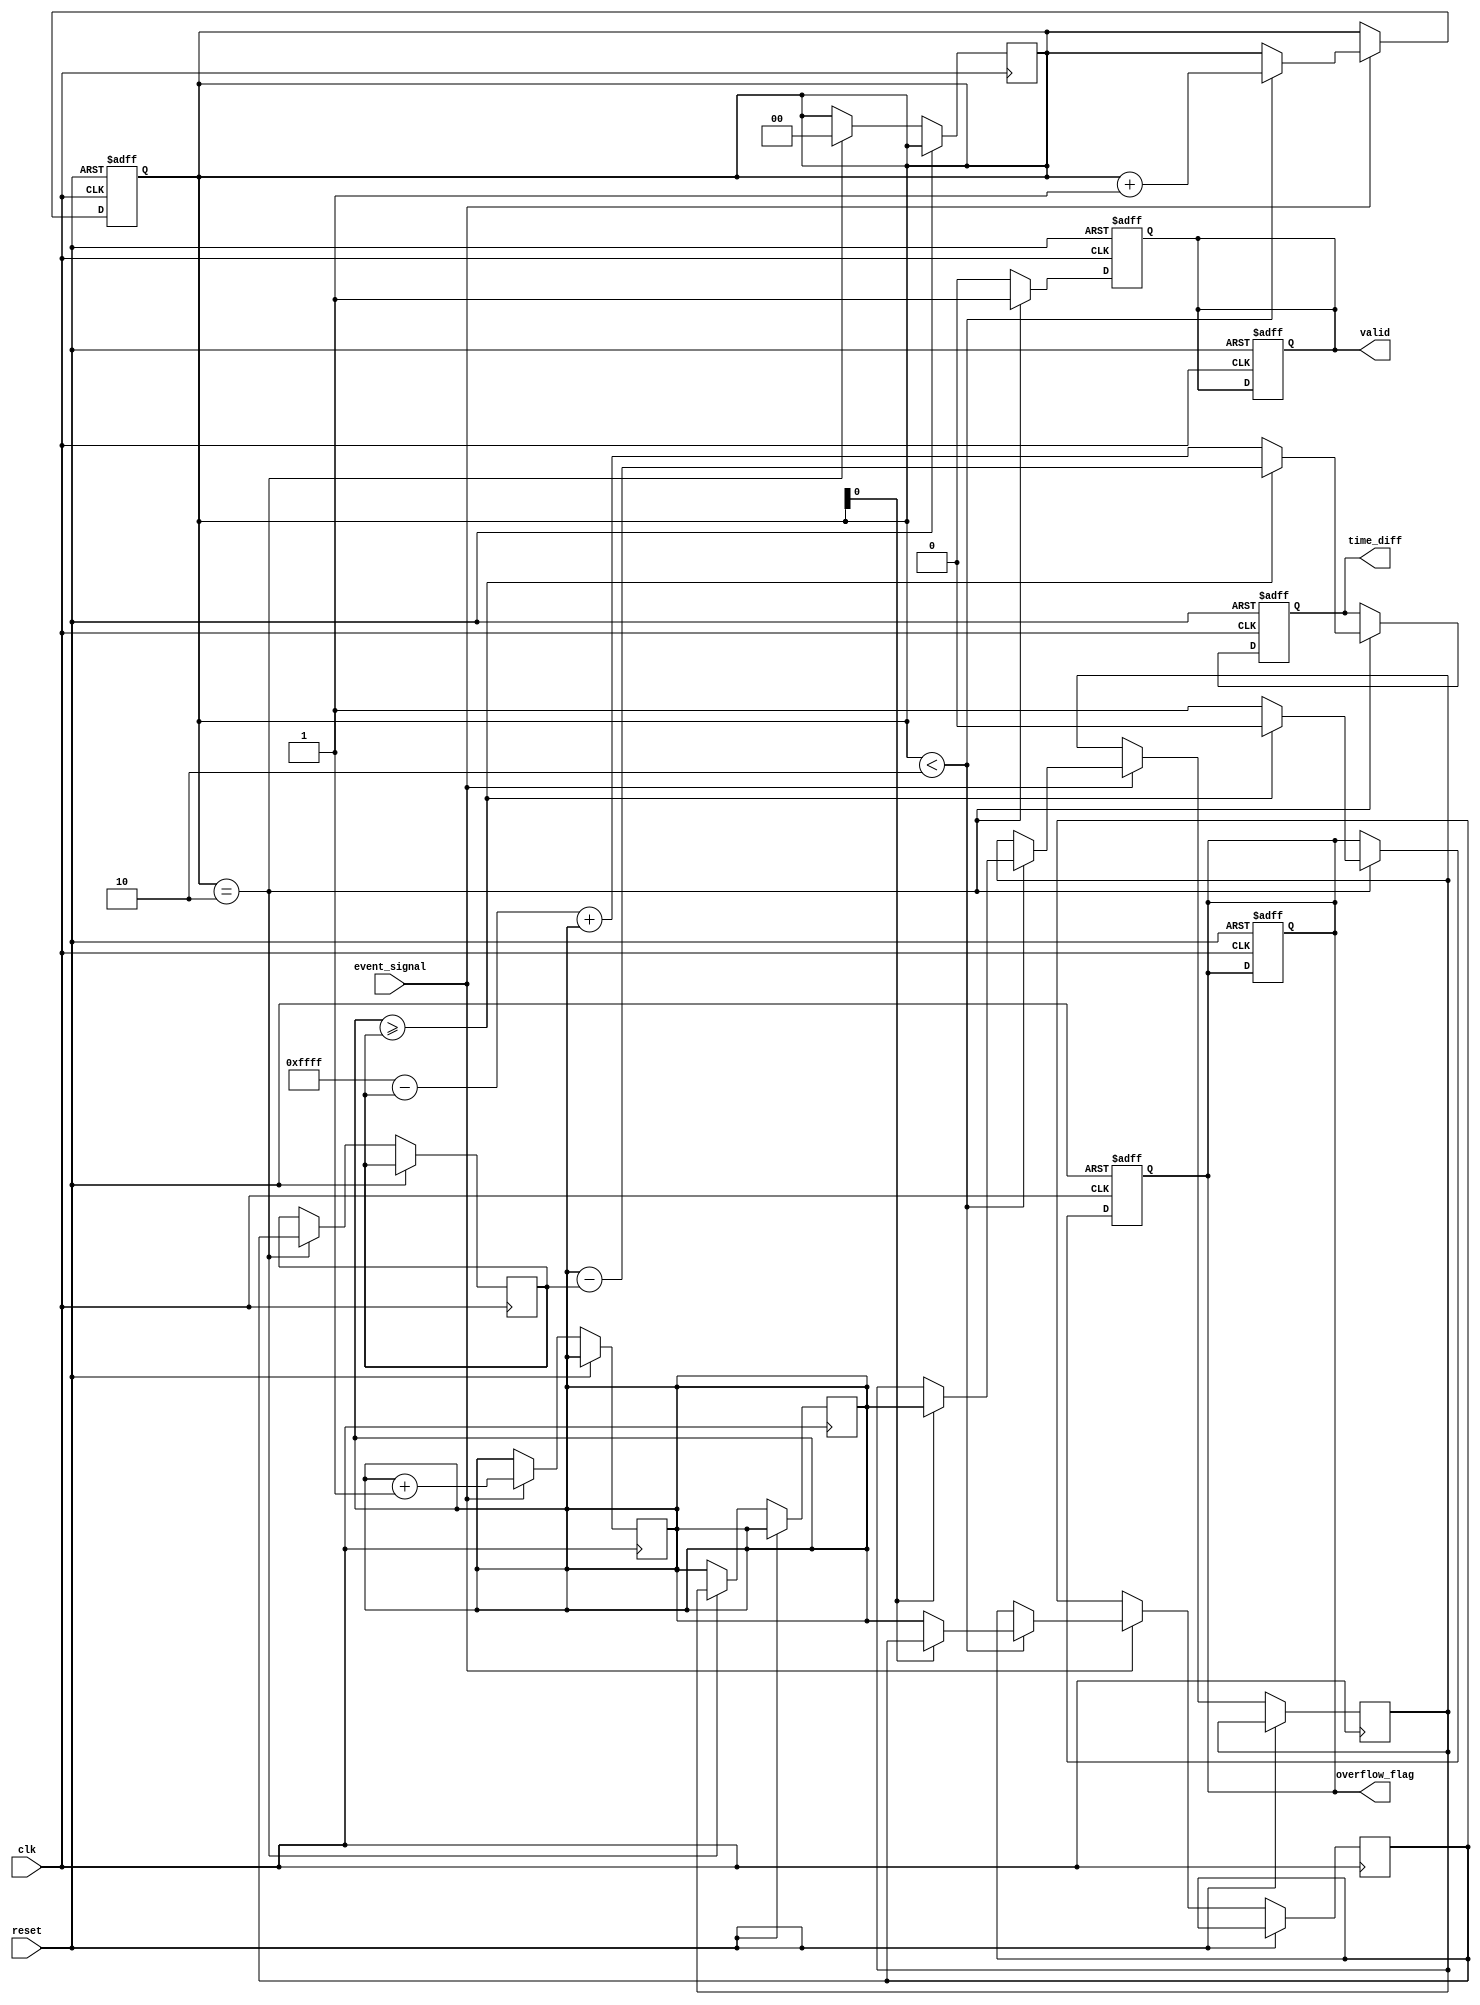
module TDC (
    input wire clk,                // Main clock
    input wire reset,              // Reset signal
    input wire event_signal,       // Input signal for event detection
    output reg [15:0] time_diff,   // Output time difference
    output reg valid,              // Output valid flag
    output reg overflow_flag        // Overflow flag
);

// Parameters
parameter MAX_TIMESTAMP = 16'hFFFF; // Max value for timestamp
parameter MEM_SIZE = 2;              // Size of timestamp memory (for two events)

// Internal signals
reg [15:0] timestamp_mem[0:MEM_SIZE-1]; // Timestamp memory
reg [1:0] event_count;                  // Count of events detected
reg [15:0] last_timestamp;              // Last timestamp captured
reg [15:0] current_timestamp;           // Current timestamp captured

// Event detection logic
always @(posedge clk or posedge reset) begin
    if (reset) begin
        event_count <= 0;
        valid <= 0;
        overflow_flag <= 0;
    end else if (event_signal) begin
        // Capture the timestamp
        current_timestamp <= current_timestamp + 1; // Simulating timestamp increment
        if (event_count < MEM_SIZE) begin
            timestamp_mem[event_count] <= current_timestamp;
            event_count <= event_count + 1;
        end
    end
end

// Time difference calculation
always @(posedge clk or posedge reset) begin
    if (reset) begin
        time_diff <= 0;
        valid <= 0;
        overflow_flag <= 0;
    end else if (event_count == MEM_SIZE) begin
        last_timestamp <= timestamp_mem[0];
        current_timestamp <= timestamp_mem[1];
        
        if (current_timestamp >= last_timestamp) begin
            time_diff <= current_timestamp - last_timestamp;
            valid <= 1;
            overflow_flag <= 0;
        end else begin
            // Handle overflow
            overflow_flag <= 1;
            time_diff <= MAX_TIMESTAMP - last_timestamp + current_timestamp;
            valid <= 1;
        end
        
        // Reset event count for next measurement
        event_count <= 0;
    end else begin
        valid <= 0; // No valid time difference until two events are captured
    end
end

endmodule